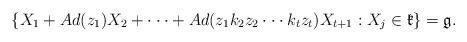
LaTeX: \begin{align*}\{X_{1}+Ad(z_{1})X_{2}+\cdot \cdot \cdot +Ad(z_{1}k_{2}z_{2}\cdot \cdot\cdot k_{t}z_{t})X_{t+1}:X_{j}\in \mathfrak{k}\}=\mathfrak{g.}\end{align*}